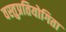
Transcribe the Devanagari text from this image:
वस्तुप्रतियोगिता